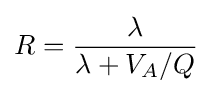
R={\frac {\lambda }{\lambda +V_{A}/Q}}